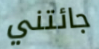
جائتني